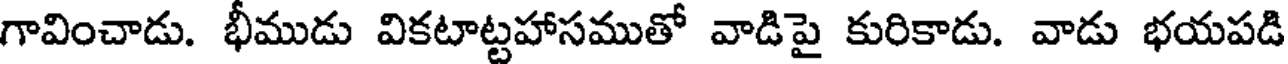
గావించాడు. భీముడు వికటాట్టహాసముతో వాడిపై కురికాడు. వాడు భయపడి